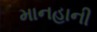
માનહાની